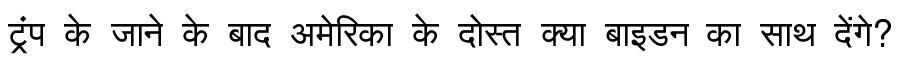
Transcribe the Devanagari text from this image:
ट्रंप के जाने के बाद अमेरिका के दोस्त क्या बाइडन का साथ देंगे?